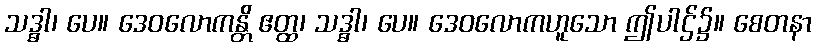
သဒ္ဓါ၊ ပေ။ ဒေဝလောကန္တိ ဧတ္ထ၊ သဒ္ဓါ၊ ပေ။ ဒေဝလောကဟူသော ဤပါဌ်၌။ စေတနာ